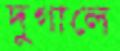
দুগালে